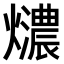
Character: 𤒚